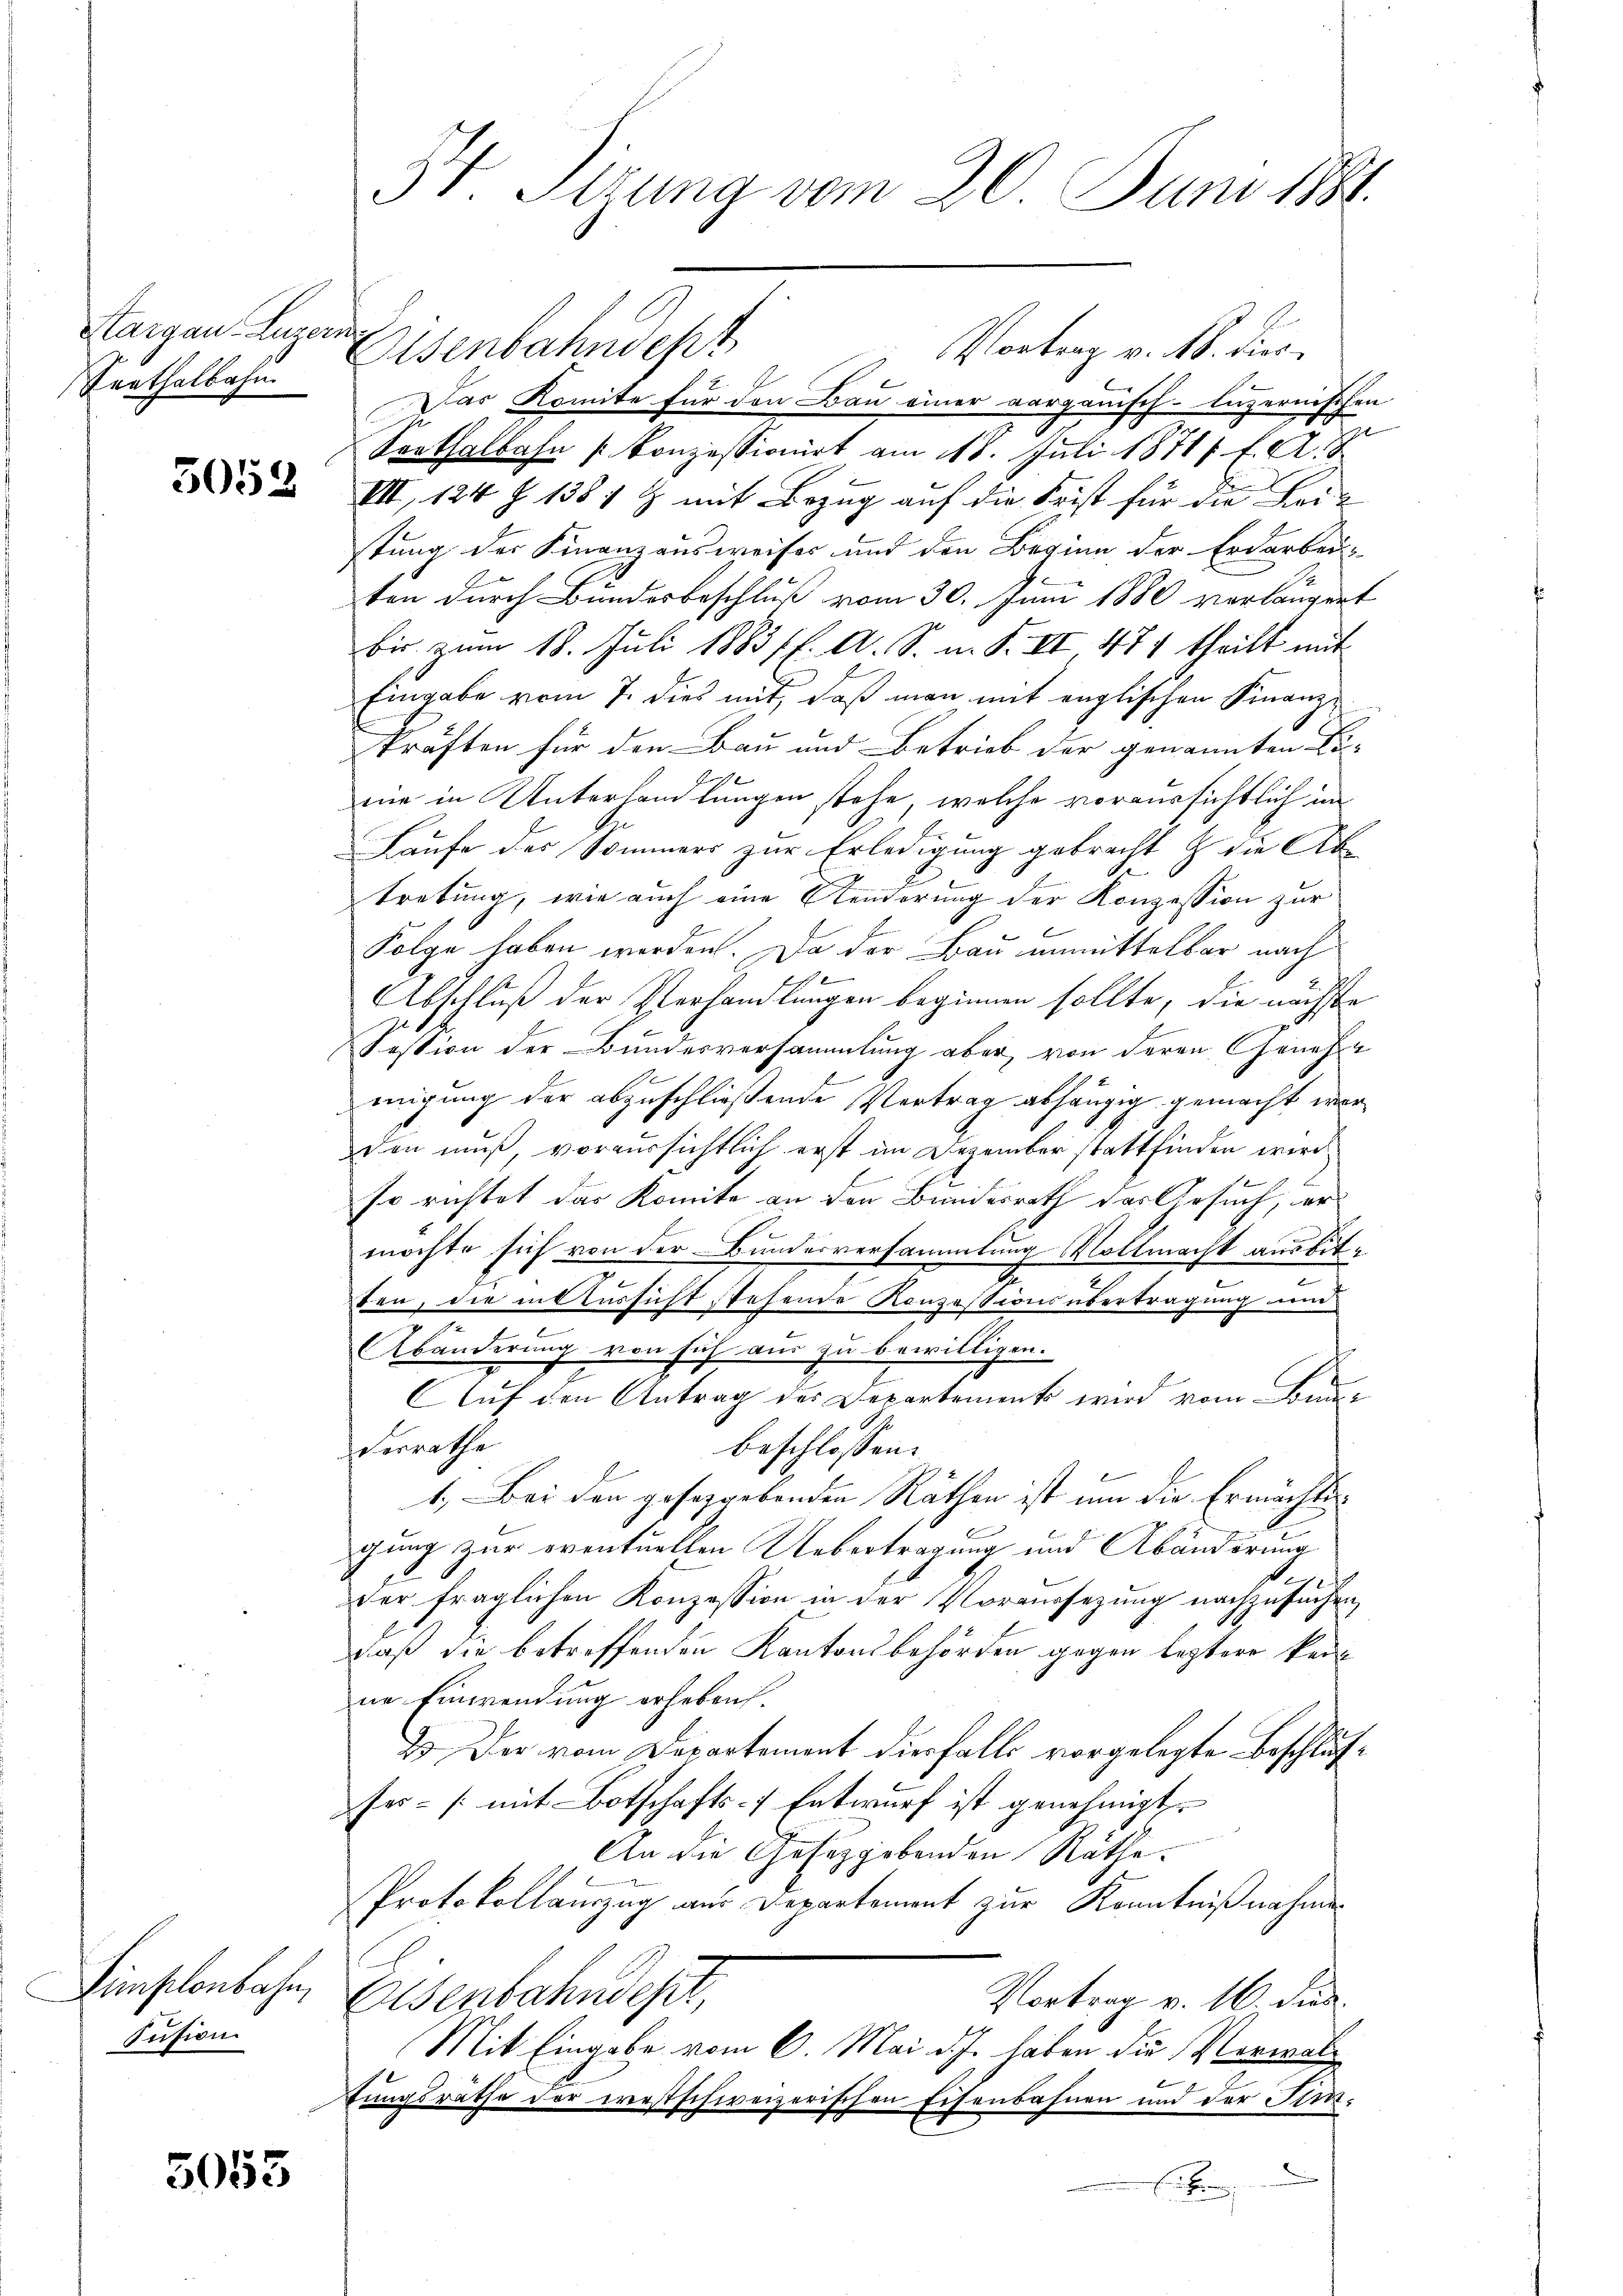
Aargau, Luzer
Serthalbahn

5058

Limplonbahn,
Iusion.

5053

54. Sirung vom 20. Juni 1881.

.
Asenbahndept
Das Komite für den Bau einer aargauisch-luzernischen
t
Sonthalbahn konzessionirt am 118. Juli 1871 f. A. S
VII, 124 Z. 1387 & mit Bezug auf die Frist für die Leistung der Finanzausweises und den Beginn der Erdarben-
ten durch Bundesbeschluß vom 30. Juni 1880 verlängert
bis zum 18. Juli 1883 ff. A. S. m. S. VI, 471 theilt mit
Eingabe vom 7. dies mit, daß man mit englischen Finanzkräften für den Bau und Betrieb der genannten Be-
.
mie in Unterhandlungen stehe, welche voraussichtlich im
Haufe des Sommers zur Erledigung gebracht & die Ab-
2.
tretung, wie auch eine Aenderung der Konzession zur
Folge haben werden. Da der Bau unmittelbar nach

.
Abschluß der Verhandlungen beginnen sollte, die nächste
Fession der Bundesversammlung aber, von deren Genehme
migung der abzuschließende Vertrag abhängig gemacht werden muß voraussichtlich erst im Dezember stattfinden wird.
so richtet das Komite an den Bundesrath des Gesuch, der
möchte sich von der Bundesversammlung Vollmacht ausbite
ten, die in Aussicht stehende Konzessions übertragung und
.
Abänderung von sich aus zu bewilligen.
AAuf den Antrag des Departements wird vom Bun¬
Derrathe
beschlossen:
1. Bei den geseggebenden Räthen ist um die Ermächten
gung zur eventuellen Uebertragung und Abänderung
1
der fraglichen Konzession in der Vorversezung nachzusuchen,
daß die betreffenden Kantonsbehörden gegen leztere keine Einwendung erheben
23. Der vom Departement diesfalls vorgelegte Beschlußses- (mit Botschafts-, Entwurf ist genehmigt.
An die Gesetzgebenden Räthe.
Protokollauszug aus Departement zur Kenntnißnahme
Eisenbahndept
Vortrag v. 16. dies
Mit Eingabe vom 6. Mai d.J. haben die Verwaltungsräthe der westschweizerischen Eisenbahnen und der Stim¬
Eite

Vortrag v. M. dies¬